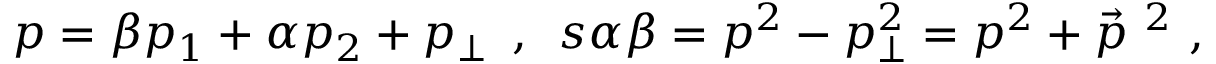
p = \beta p _ { 1 } + \alpha p _ { 2 } + p _ { \perp } ~ \, , \, \, \, s \alpha \beta = p ^ { 2 } - p _ { \perp } ^ { 2 } = p ^ { 2 } + \vec { p } ^ { ~ 2 } ~ ,